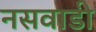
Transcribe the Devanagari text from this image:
नसवाडी